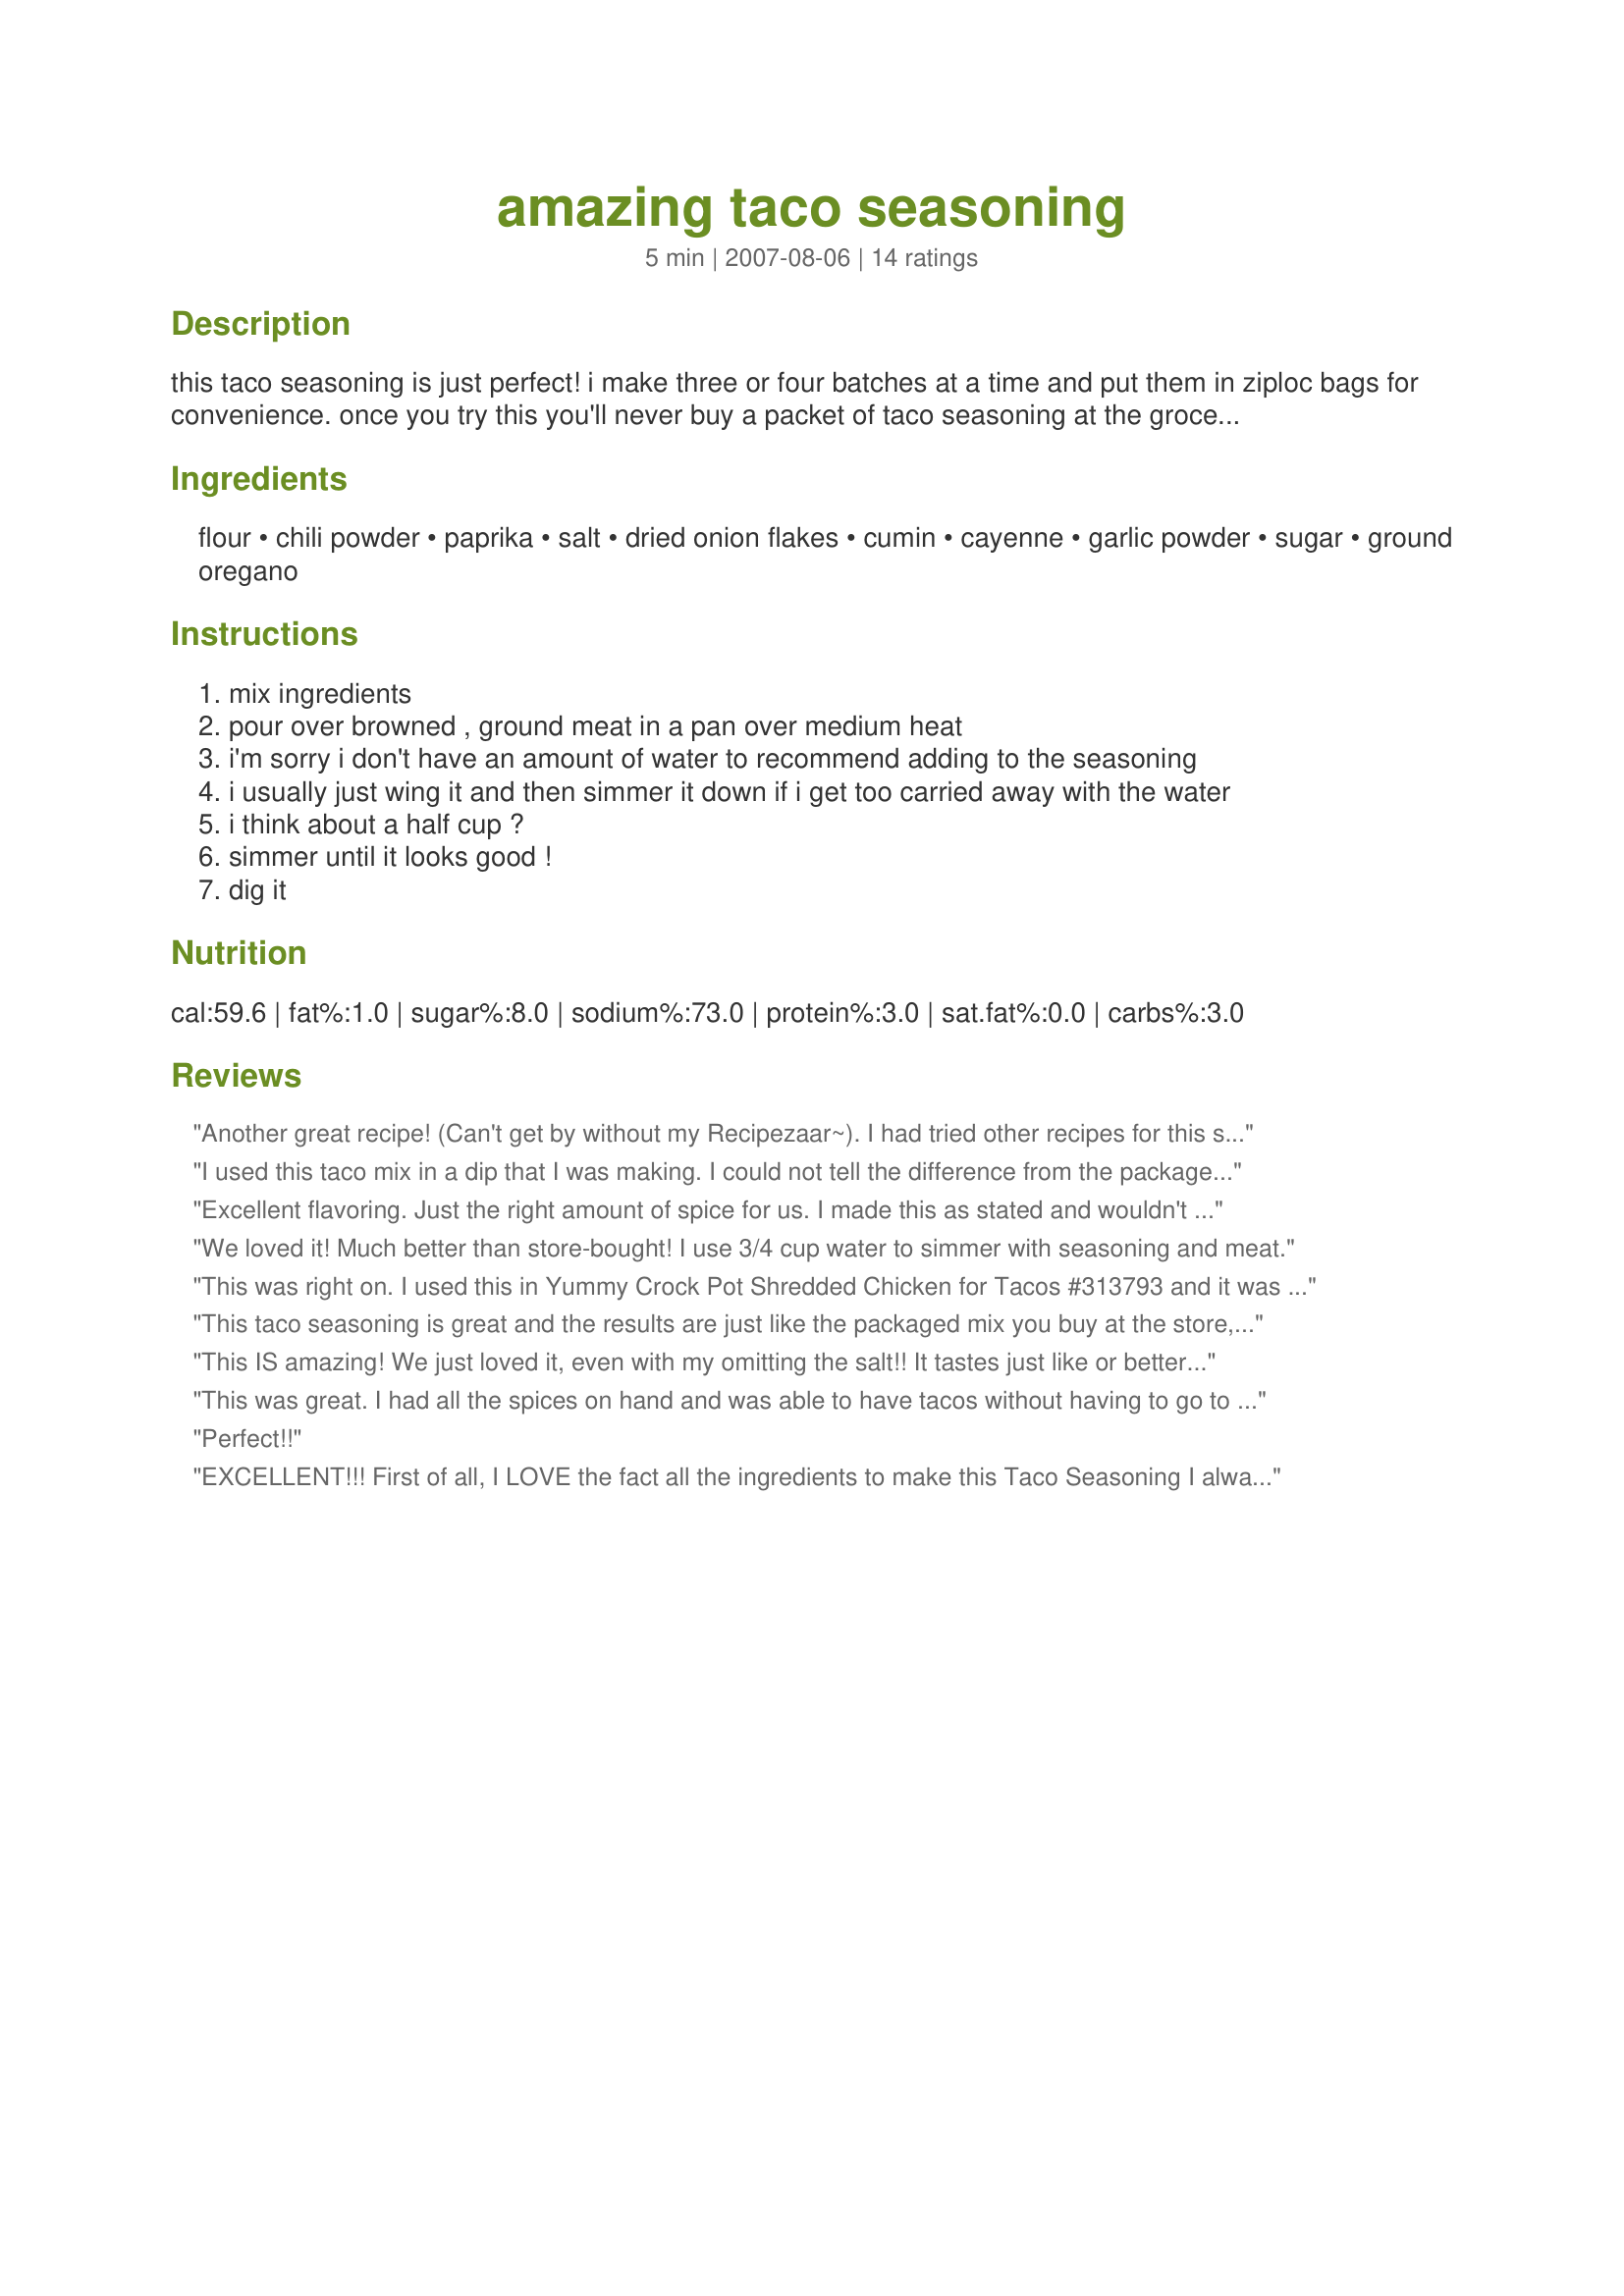
amazing taco seasoning
Preparation time: 5 minutes

this taco seasoning is just perfect! i make three or four batches at a time and put them in ziploc bags for convenience. once you try this you'll never buy a packet of taco seasoning at the grocery store again! msg gives me a headache, so years ago i went on a quest for a great taco seasoning recipe. this is what i found (i just don't remember where). this will season a pound of ground whatever (or a bag of morningstar farms veggie crumbles- nobody will ever know it's meat-free). hope you like it!

Ingredients:
flour, chili powder, paprika, salt, dried onion flakes, cumin, cayenne, garlic powder, sugar, ground oregano

Steps:
mix ingredients
pour over browned , ground meat in a pan over medium heat
i'm sorry i don't have an amount of water to recommend adding to the seasoning
i usually just wing it and then simmer it down if i get too carried away with the water
i think about a half cup ?
simmer until it looks good !
dig it

Reviews:
Another great recipe! (Can't get by without my Recipezaar~).
I had tried other recipes for this seasoning before with no luck, but this one is absolutely perfect!
I used it last evening in Recipe #280905 (used this full receipe in the Idaho Tacos, adding 2/3 cup water to the meat mixture).
Thank you for a great recipe!
I used this taco mix in a dip that I was making. I could not tell the difference from the packaged kind. Thanks for posting this Melissa!
Excellent flavoring. Just the right amount of spice for us. I made this as stated and wouldn't change a thing. I used this to make recipe #347013. Thanks for sharing.
We loved it! Much better than store-bought! I use 3/4 cup water to simmer with seasoning and meat.
This was right on. I used this in Yummy Crock Pot Shredded Chicken for Tacos #313793 and it was perfect. I will definately use this again. Made for Let's P-A-R-T-Y tag game 2010.
This taco seasoning is great and the results are just like the packaged mix you buy at the store, only with better taste! You were right on with your balance of ingredients and this is stuff I always have on hand. Thanks for sharing!
This IS amazing! We just loved it, even with my omitting the salt!!
It tastes just like or better than anything like it I've ever purchased.
Merlissa, thank you soooo much!
This was great. I had all the spices on hand and was able to have tacos without having to go to the store. I used 3/4 cup of water with the seasoning and found that to be just right. Thanks for the recipe. I like homemade things so I can have control of what goes in it.
Perfect!!
EXCELLENT!!! First of all, I LOVE the fact all the ingredients to make this Taco Seasoning I always have on hand! I made this as directed, but using 3/4 cup water as Klyn did. My husband and I both have high blood pressure, plus my husband cannot tolerate heat like I can. We both like the fact that we can control the salt and heat content of the Taco Seasoning. After finishing dinner, my husband said the tacos tasted better than the packaged stuff, it had a very nice balance of spices. For me, I like mine a little hotter, so I just added jarred sliced jalapeno peppers. No more packaged stuff in our house anymore. Thank you, Melissa, for sharing your recipe with us!!
After my last attempt at homemade taco seasoning I had avoided making tacos for a long time. There was no way I wanted to experience that incredibly bland meat again! Finally, after much prodding from my taco-fiend five year old, I held my breath and selected this recipe. The only things I changed was to omit the sugar and sub onion salt for the onion flakes and salt. I doubled the recipe and used it all on 1 1/2 lbs. browned ground beef with about 1 1/4 cups of water simmered down to a nice gooey meat filling. All I can say is we will be having tacos on a VERY regular basis from now on. I can't begin to thank you enough!
Great seasoning so I think I will use this instead of the package at the store. Those always have that funny after taste. This one did not at all.
This is a very nice mix.
I did substitute No salt for the salt and cut back on the dried onion ( I am not fond of the taste) and used granulate garlic .
I have not used it but did a taste test . Great blend of seasonings
Made for My Faves 2008 Tag
Delicious and easy. Super money saver!!!!!
